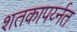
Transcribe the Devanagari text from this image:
शतकापर्य्नत